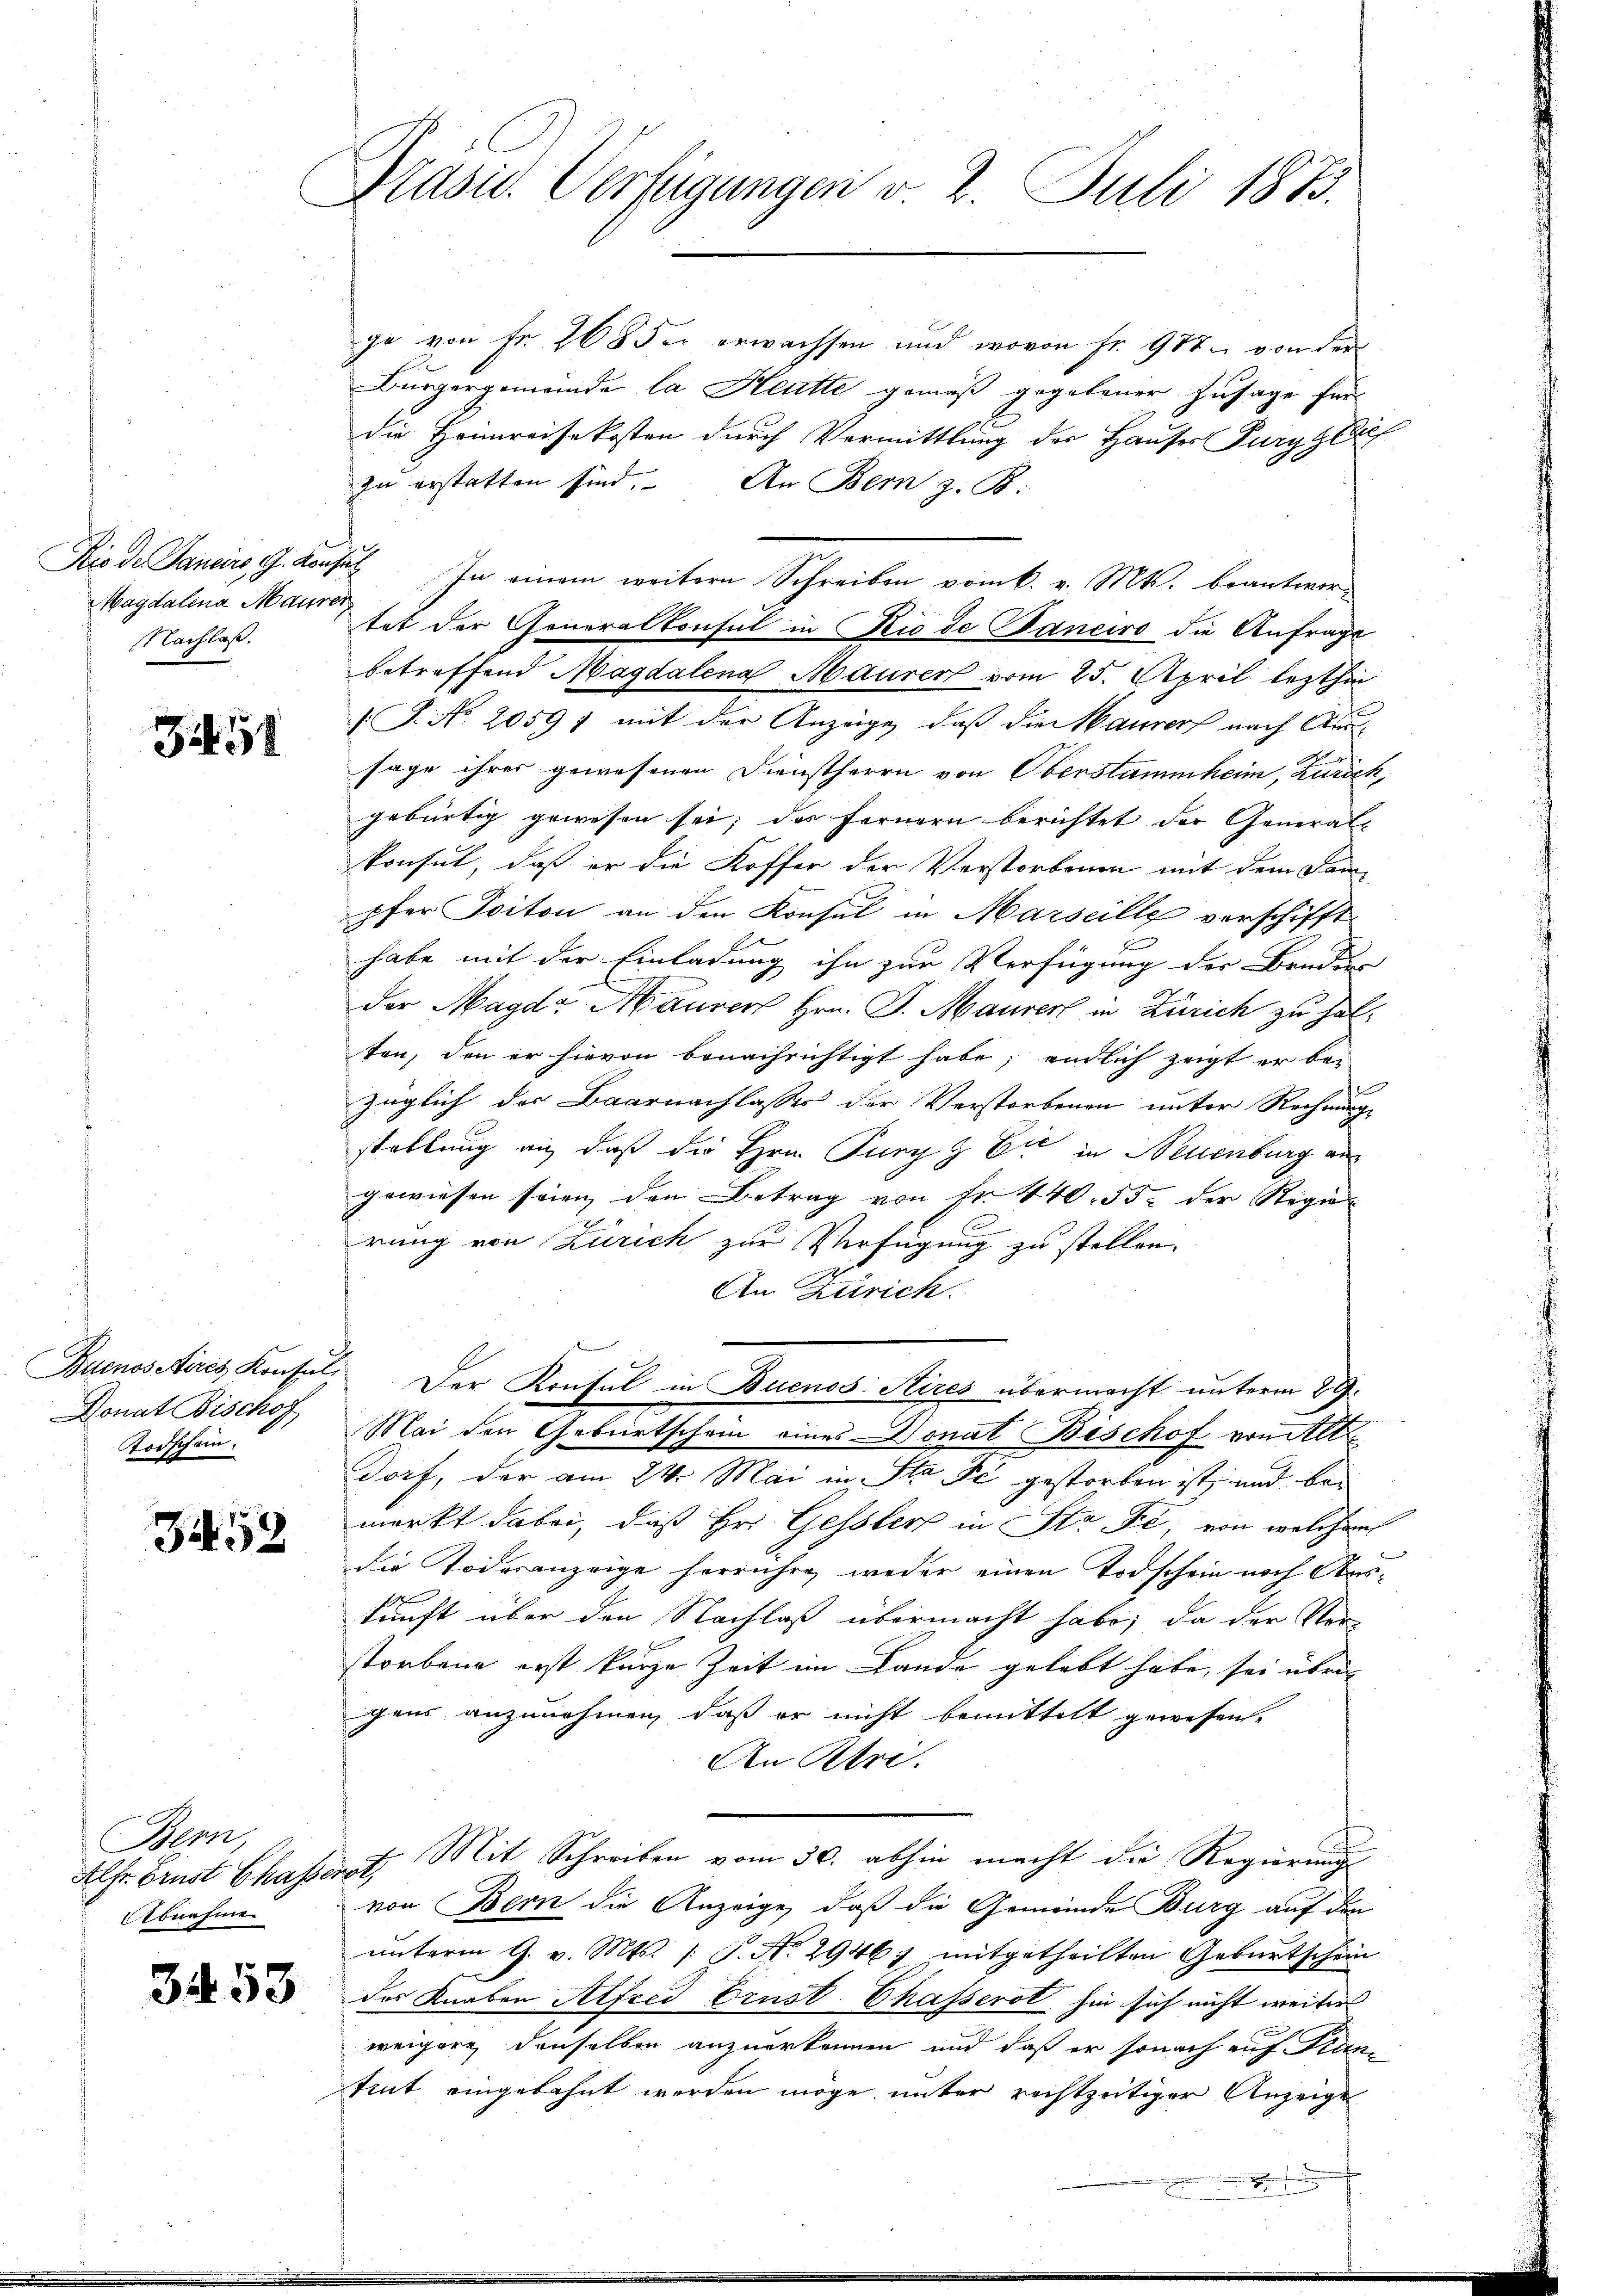
Magdalena Maurer
NNachlaß.

351

Donat Bischof
Todschein.

34552

ge von Fr. 268 der erwachsen und wovon fr. 98 von der
Bürgergemeinde la Heute gemäß gegebener Zusage für
die Heimreisekosten durch Vermittlung der Hauser Pury zie
zu erstatten sind. An Bern z. B.
Kio de Janeiro G. Konsul In einem weitern Schreiben vom 6. v. Mts. beantwor
tet der Generalkonsul in Niede Janeiro die Anfrage
betreffend Magdalena Maurer vom 25. April lezthin
(J. No. 2059 f mit der Anzeige, daß die Maurer nach Aussage ihres gewesenen Dienstherrn von Oberstammheim, Zürich,
gebürtig gewesen sei; das Fernern berichtet der General-
konsul, daß er die Koffer der Vorstorbenen mit dem Sampfer Ioiton an den Konsul in Marseille verschifft
habe mit der Einladung ihn zur Verfügung der Bruden
der Magd Maurer Hrn. J. Maurer in Zürich zu halton, den er hievon benachrichtigt habe; endlich zeigt er bei
züglich der Baarnachlasser der Verstorbenen unter Rechnungs
stellung an, daß die Hrn. Pury & Cie in Neuenburg aus
gewiesen seien den Betrag von Fr. 440. 53. der Regier
rung von Zürich zur Verfügung zu stellen.
An Zürich.
Buenositires Konsul, Der Konsul in Buenos Aires übermacht unterm 29.
Mai den Geburtschein eines Donat Bischof von Alte
Dorf, der am 24. Mai in Sta di gestorben ist, und bemerkt dabei, daß Hr. Gessler in Stade, von welcher
die Todesanzeige herrühre, weder einen Todschein nach Auskunft über den Nachlaß übermacht habe; da der Ver-
storbene erst kurze Zeit im Lande gelebt habe, sei übrigens anzunehmen, daß er nicht bemittelt gewesen.
An Rtri.
e
Alftr. Finst Chassent. Mit Schreiben vom 30. abhin macht die Regierung
von Bern die Anzeige, daß die Gemeinde Burg auf den
ŭnterm 9. v. Mts. /: P. No 2946, mitgetheilten Geburtschein
des Knaben Alfrei Crust Chasserst hin sich nicht weiter
weigere denselben anzuerkennen und daß er sonach auf Funtint eingebahnt werden möge unter rechtzeitiger Anzeige

Bern,
Abnahme

3453

Präsid. Verfügungen v. 2. Juli 1873.

1